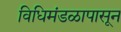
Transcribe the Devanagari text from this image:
विधिमंडळापासून